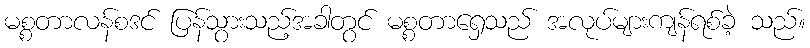
မစ္စတာလန်စဒင် ပြန်သွားသည့်အခါတွင် မစ္စတာရှေသည် အလုပ်များကျန်ရစ်ခဲ့ သည်။